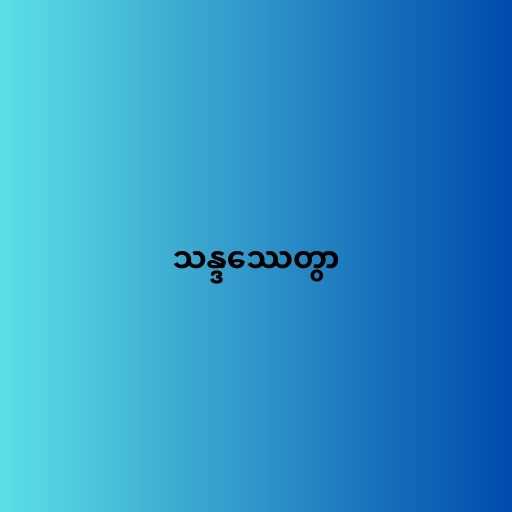
သန္ဒဿေတွာ